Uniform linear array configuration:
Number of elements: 12
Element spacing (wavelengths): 0.5
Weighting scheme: uniform
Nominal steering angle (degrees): -60
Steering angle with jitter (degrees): -58.591
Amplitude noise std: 0.05
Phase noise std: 0.05

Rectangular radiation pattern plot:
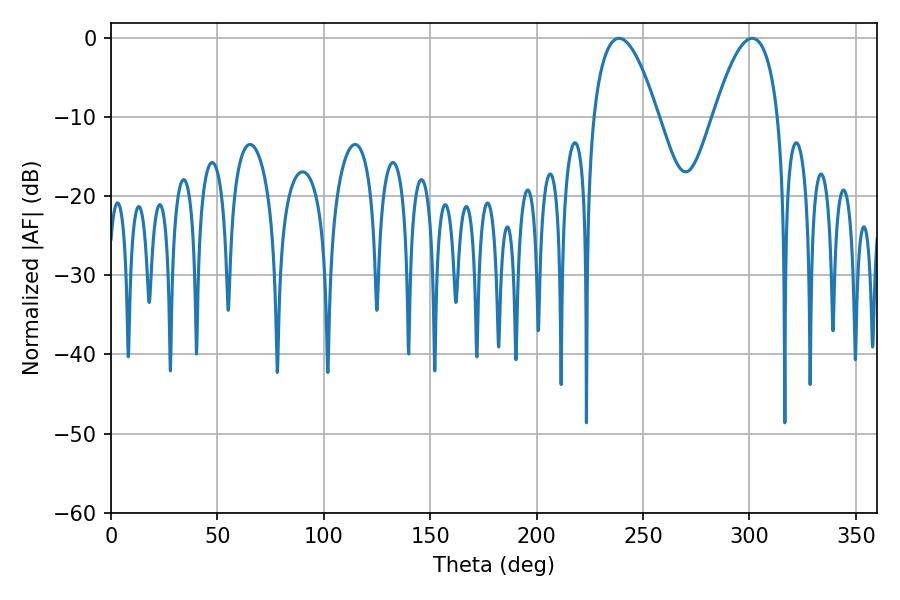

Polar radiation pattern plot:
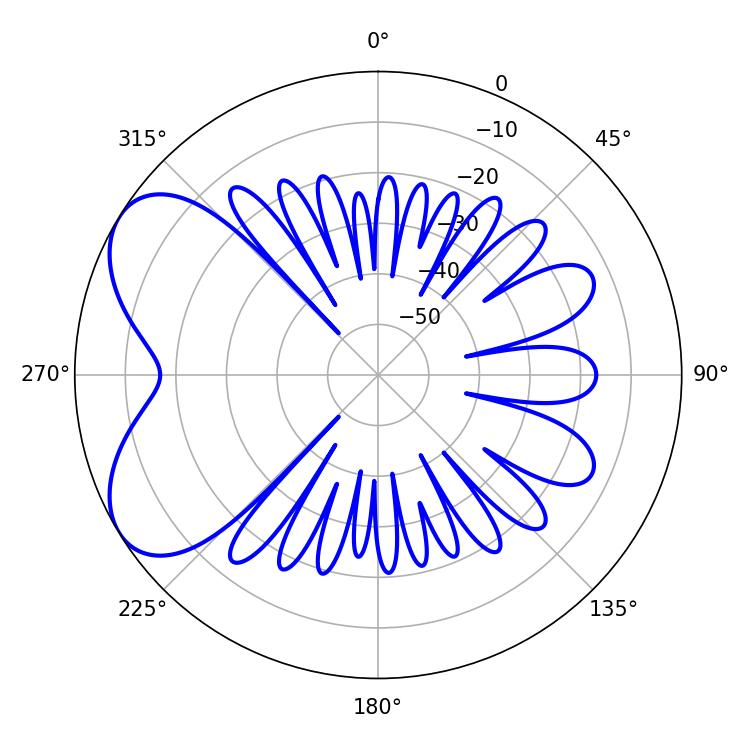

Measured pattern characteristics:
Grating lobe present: FALSE
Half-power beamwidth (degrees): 16.74
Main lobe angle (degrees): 238.68